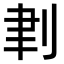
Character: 𠜈